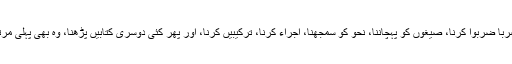
صبح سے شام تک ضرب ضربا ضربوا کرنا، صیغوں کو پہچاننا، نحو کو سمجھنا، اجراء کرنا، ترکیبیں کرنا، اور پھر کئی دوسری کتابیں پڑھنا، وہ بھی پہلی مرتبہ بخدا ایک کارے دارد ہے۔